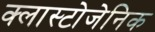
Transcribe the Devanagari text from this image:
क्लास्टोजेनिक